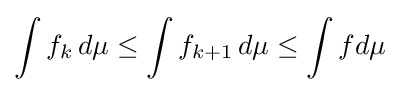
\int f_{k}\,d\mu \leq \int f_{k+1}\,d\mu \leq \int fd\mu